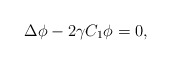
\begin{align*} \Delta \phi-2\gamma C_1\phi=0,\end{align*}